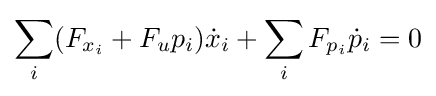
\sum _{i}(F_{x_{i}}+F_{u}p_{i}){\dot {x}}_{i}+\sum _{i}F_{p_{i}}{\dot {p}}_{i}=0